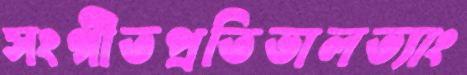
সংগীতপ্রতিভালভ্যাং